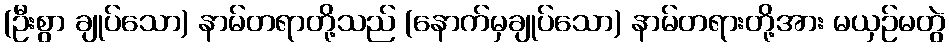
(ဦးစွာ ချုပ်သော) နာမ်တရာတို့သည် (နောက်မှချုပ်သော) နာမ်တရားတို့အား မယှဉ်မတွဲ